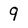
Character: 9